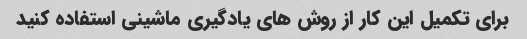
برای تکمیل این کار از روش های یادگیری ماشینی استفاده کنید